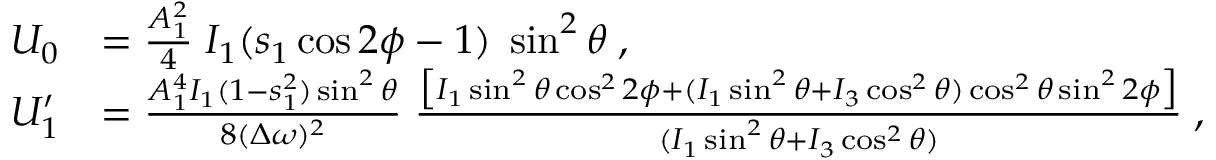
\begin{array} { r l } { U _ { 0 } } & { = \frac { A _ { 1 } ^ { 2 } } { 4 } \; I _ { 1 } ( s _ { 1 } \cos { 2 \phi } - 1 ) \; \sin ^ { 2 } { \theta } \; , } \\ { U _ { 1 } ^ { \prime } } & { = \frac { A _ { 1 } ^ { 4 } I _ { 1 } ( 1 - s _ { 1 } ^ { 2 } ) \sin ^ { 2 } { \theta } } { 8 ( \Delta \omega ) ^ { 2 } } \; \frac { \bigl [ I _ { 1 } \sin ^ { 2 } { \theta } \cos ^ { 2 } { 2 \phi } + ( I _ { 1 } \sin ^ { 2 } { \theta } + I _ { 3 } \cos ^ { 2 } { \theta } ) \cos ^ { 2 } { \theta } \sin ^ { 2 } { 2 \phi } \bigr ] } { ( I _ { 1 } \sin ^ { 2 } { \theta } + I _ { 3 } \cos ^ { 2 } { \theta } ) } \; , } \end{array}